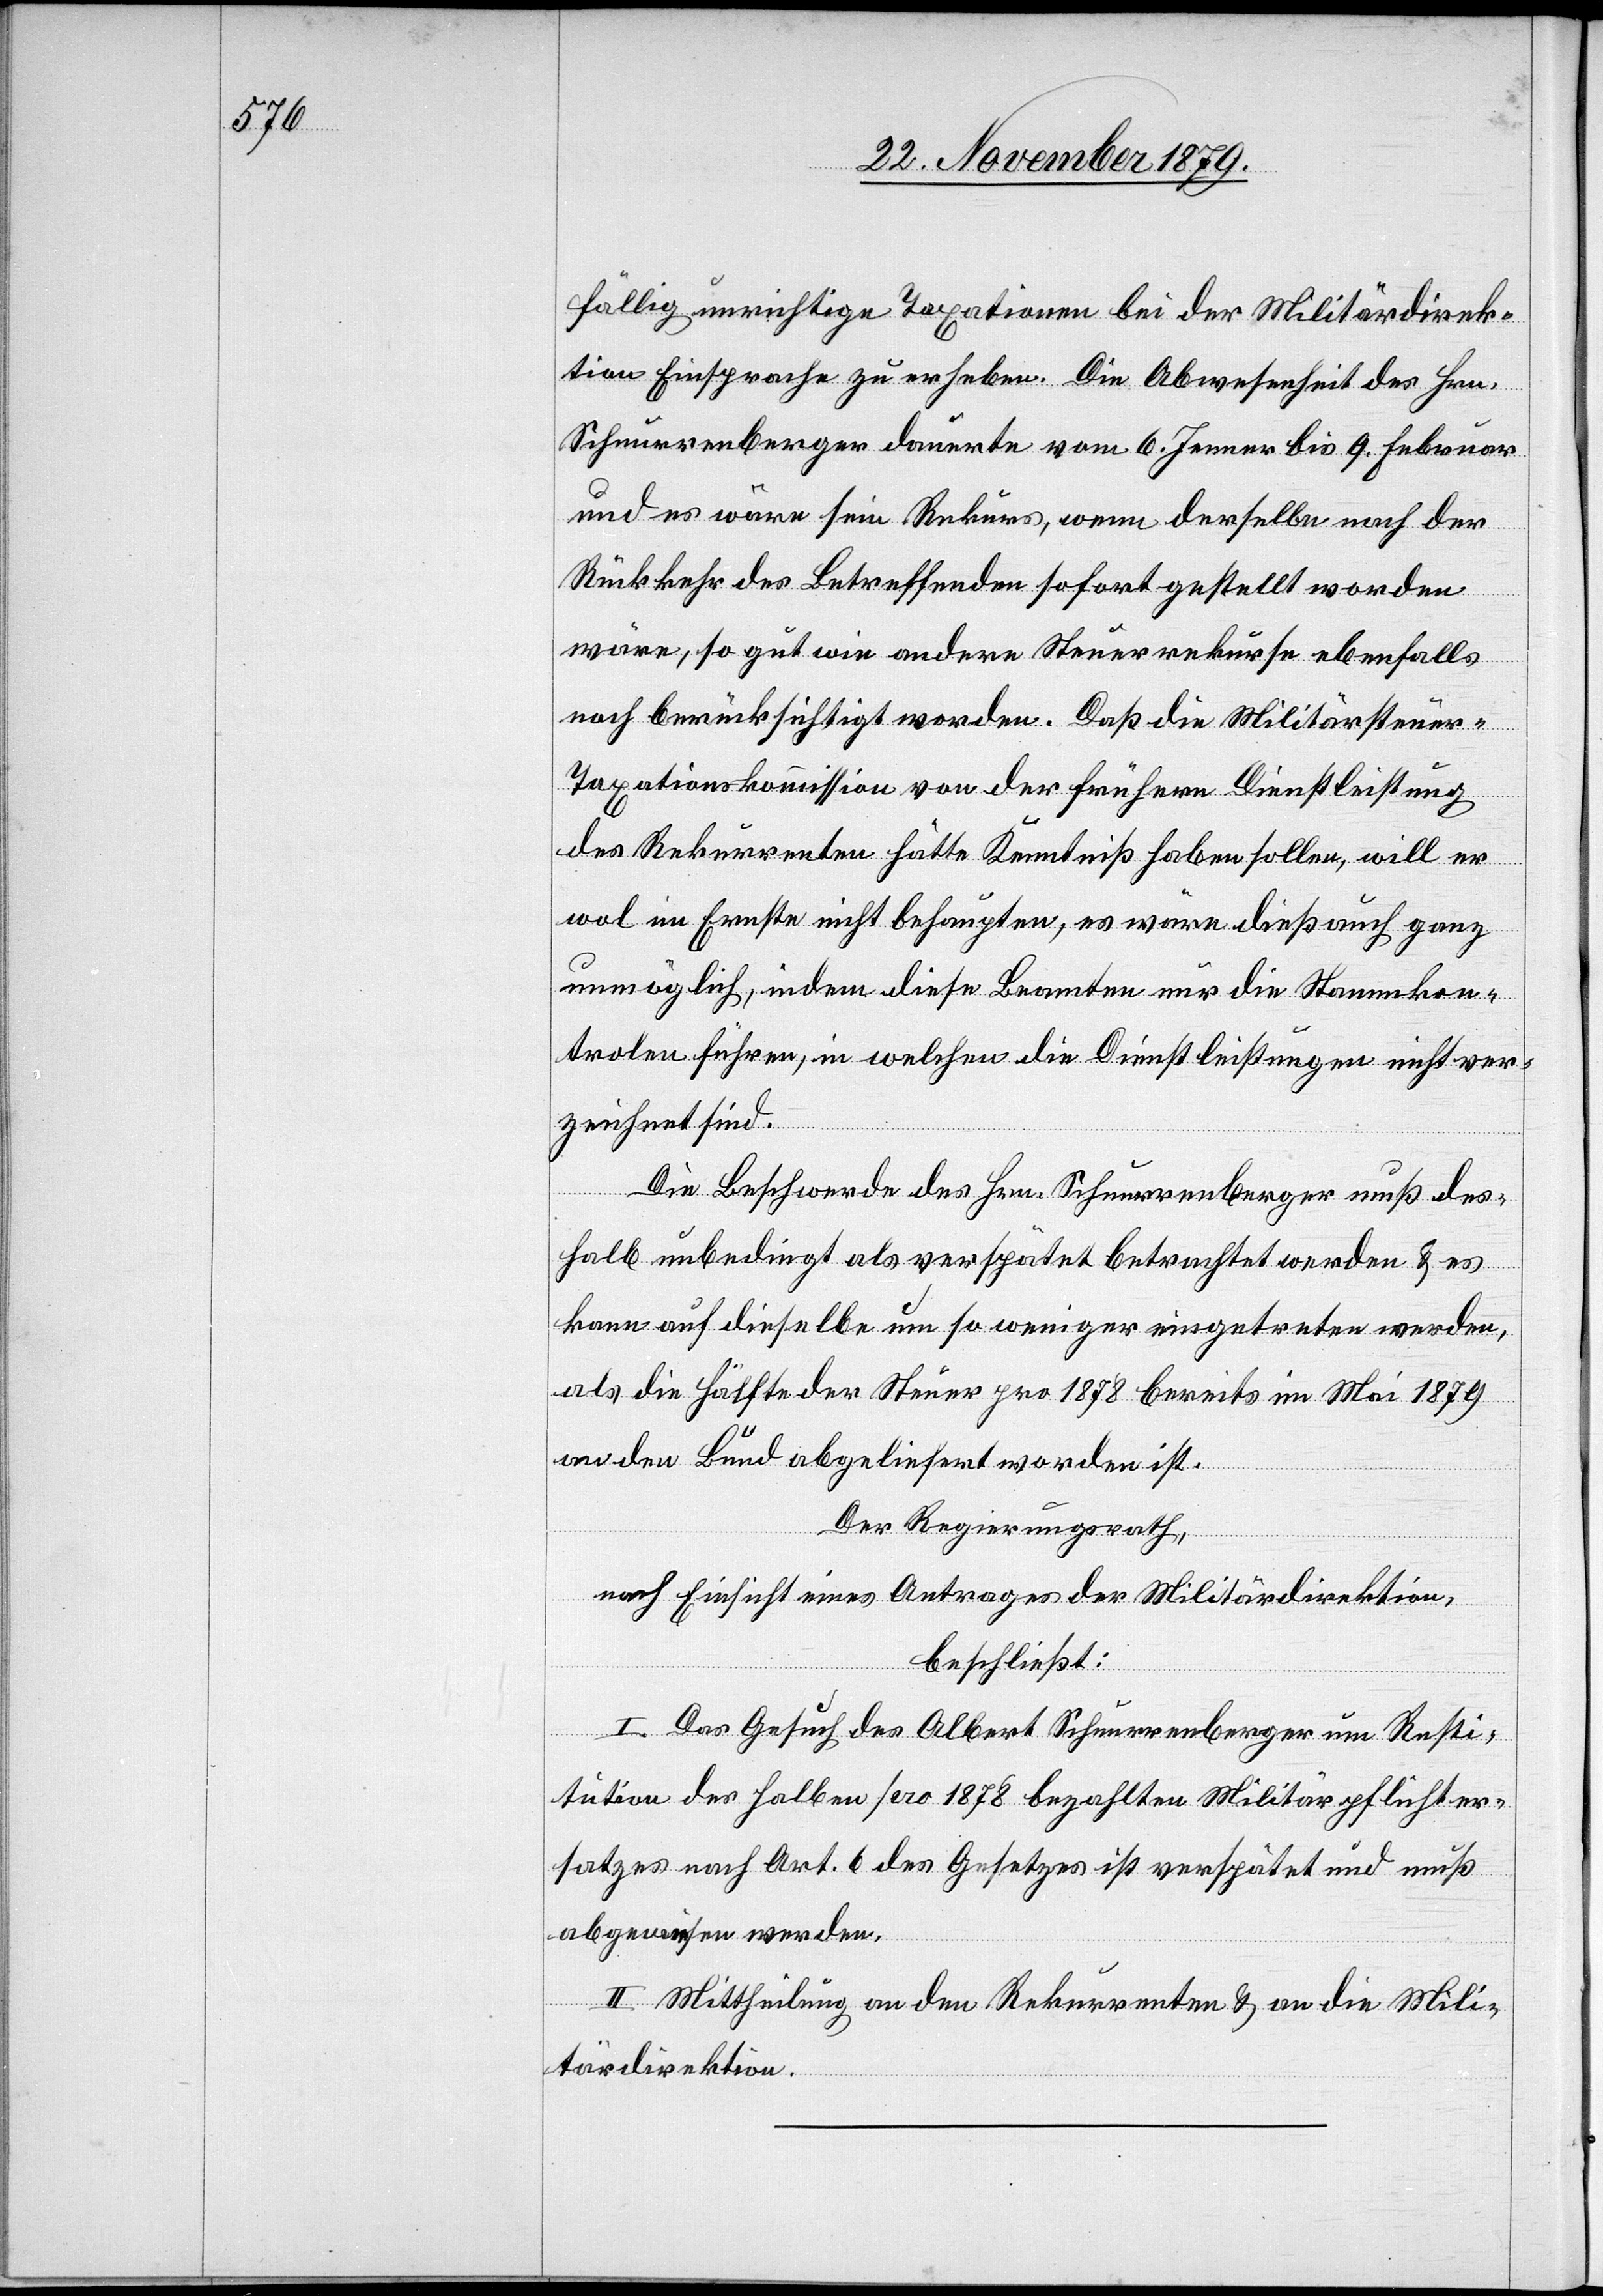
fällig unrichtige Taxationen bei der Militärdirek¬
tion Einsprache zu erheben. Die Abwesenheit des Hrn.
Schnurrenberger dauerte vom 6. Jenner bis 9. Februar
und es wäre sein Rekurs, wenn derselbe nach der
Rückkehr des Betreffenden sofort gestellt worden
wäre, so gut wie andere Steuerrekurse ebenfalls
noch berücksichtigt worden. Daß die Militärsteuer-T¬
axationskommission von der frühern Dienstleistung
des Rekurrenten hätte Kenntniß haben sollen, will er
wol im Ernste nicht behaupten, es wäre dieß auch ganz
unmöglich, indem diese Beamten nur die Namenskon¬
trolen führen, in welchen die Dienstleistungen nicht ver¬
zeichnet sind.
Die Beschwerde des Hrn. Schnurrenberger muß des¬
halb unbedingt als verspätet betrachtet werden & es
kann auf dieselbe um so weniger eingetreten werden,
als die Hälfte der Steuer pro 1878 bereits im Mai 1879
an den Bund abgeliefert worden ist.
Der Regierungsrath,
nach Einsicht eines Antrages der Militärdirektion,
beschließt:
I. Das Gesuch des Albert Schnurrenberger um Resti¬
tution des halben pro 1878 bezahlten Militärpflichter¬
satzes nach Art. 6 des Gesetzes ist verspätet und muß
abgewiesen werden.
II. Mittheilung an den Rekurrenten & an die Mili¬
tärdirektion.